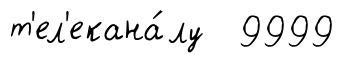
т'ел'екана́лу 9999